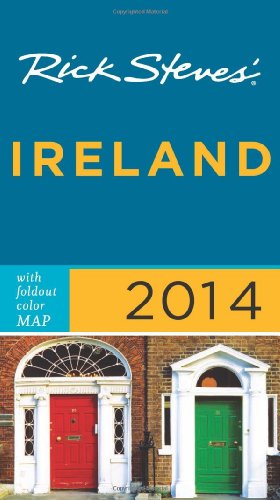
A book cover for Rick Steves' Ireland 2014; Rick Steves; Travel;